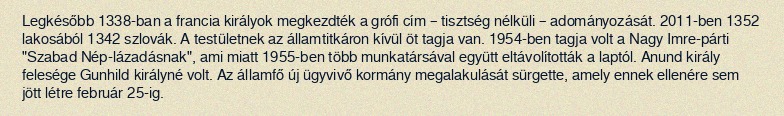
Legkésőbb 1338-ban a francia királyok megkezdték a grófi cím – tisztség nélküli – adományozását. 2011-ben 1352 lakosából 1342 szlovák. A testületnek az államtitkáron kívül öt tagja van. 1954-ben tagja volt a Nagy Imre-párti "Szabad Nép-lázadásnak", ami miatt 1955-ben több munkatársával együtt eltávolították a laptól. Anund király felesége Gunhild királyné volt. Az államfő új ügyvivő kormány megalakulását sürgette, amely ennek ellenére sem jött létre február 25-ig.